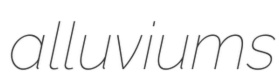
alluviums